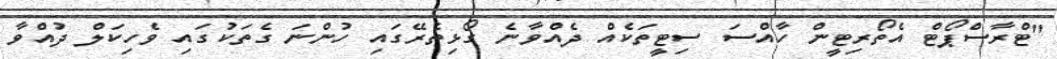
"ޓްރާސްޕޯޓް އެތޯރިޓީން ހާއްސަ ސިޓީތަކެއް ދެއްވާނެ ގޯޅިތެރޭގައި ހުންނަ ގެތަކުގައި ވެހިކަލް ދުއްވާ